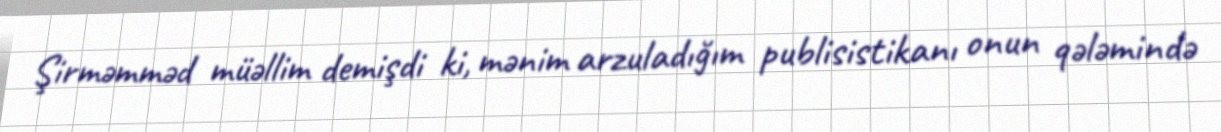
Şirməmməd müəllim demişdi ki, mənim arzuladığım publisistikanı onun qələmində